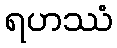
ရဟဿံ